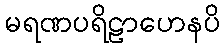
မရဏပရိဠာဟေနပိ